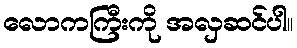
လောကကြီးကို အလှဆင်ပါ။